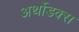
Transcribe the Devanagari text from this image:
अर्थोडक्स